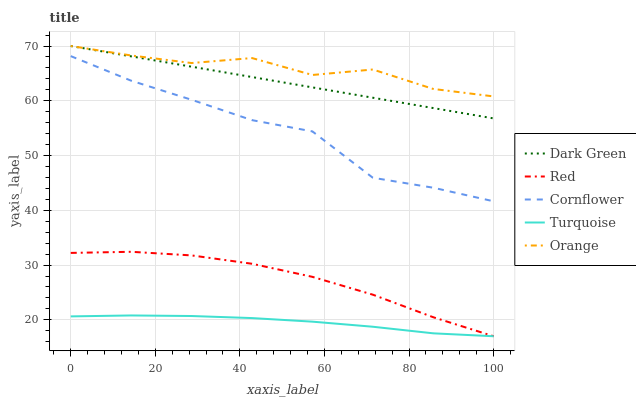
| xaxis_label | Dark Green | Red | Cornflower | Turquoise | Orange |
 | --- | --- | --- | --- | --- | --- |
 | 0 | 70 | 32.2 | 68.2 | 20.6 | 70 |
 | 14.3 | 68.1 | 32.4 | 63.7 | 20.8 | 68.3 |
 | 28.6 | 66.2 | 31.8 | 60.2 | 20.7 | 66.9 |
 | 42.9 | 64.3 | 30.2 | 56.5 | 20.3 | 67.8 |
 | 57.1 | 62.4 | 27.8 | 54.4 | 19.7 | 64.7 |
 | 71.4 | 60.6 | 24.6 | 45.9 | 18.7 | 65.7 |
 | 85.7 | 58.7 | 20.5 | 44.1 | 17.5 | 62.2 |
 | 100 | 56.8 | 17 | 41.6 | 17 | 60.8 |